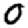
Digit: 0